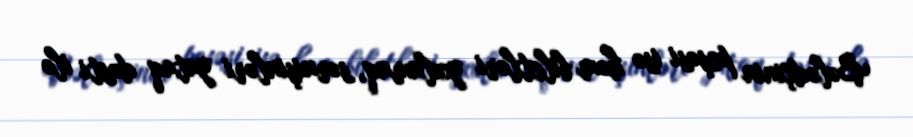
Bələdçinin peşəsi isə həm biletləri yoxlamaq, sərnişinləri yataq dəsti ilə